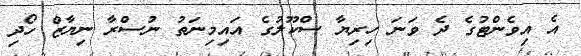
އެ އިވެންޓުގެ ދެ ވަނަ ހިރިޔާ ސްކޫލުގެ އައިމިނަތު ނުސްރާ ނިޔާޒް ހޯދި